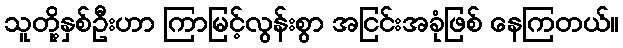
သူတို့နှစ်ဦးဟာ ကြာမြင့်လွန်းစွာ အငြင်းအခုံဖြစ် နေကြတယ်။